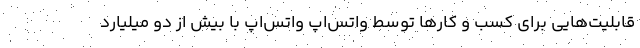
قابلیت‌هایی برای کسب و کارها توسط واتس‌اپ واتس‌اپ با بیش از دو میلیارد